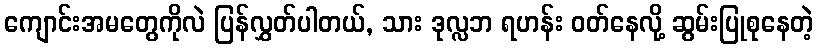
ကျောင်းအမတွေကိုလဲ ပြန်လွှတ်ပါတယ်, သား ဒုလ္လဘ ရဟန်း ဝတ်နေလို့ ဆွမ်းပြုစုနေတဲ့